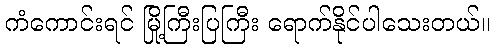
ကံကောင်းရင် မြို့ကြီးပြကြီး ရောက်နိုင်ပါသေးတယ်။